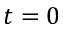
t = 0